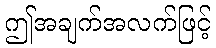
ဤအချက်အလက်ဖြင့်